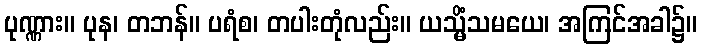
ပုဏ္ဏား။ ပုန၊ တဘန်။ ပရံစ၊ တပါးတုံလည်း။ ယသ္မိံသမယေ၊ အကြင်အခါ၌။